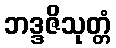
ဘဒ္ဒဇိသုတ္တံ